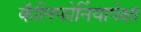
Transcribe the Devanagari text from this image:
कॅलिफोर्नियापेक्षा